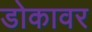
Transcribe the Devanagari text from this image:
डोकावर